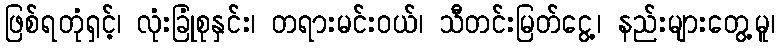
ဖြစ်ရတုံရှင့်၊ လုံးခြုံစုနှင်း၊ တရားမင်းဝယ်၊ သီတင်းမြတ်ငွေ့၊ နည်းများတွေ့မူ၊